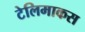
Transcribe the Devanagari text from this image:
टेलिमाकस